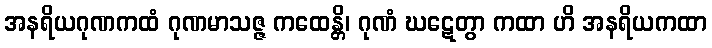
အနရိယဂုဏကထံ ဂုဏမာသဇ္ဇ ကထေန္တိ၊ ဂုဏံ ဃဋေတွာ ကထာ ဟိ အနရိယကထာ